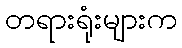
တရားရုံးများက